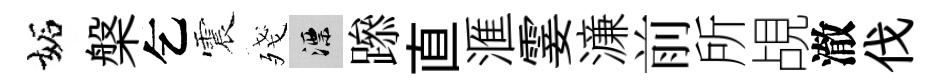
妬槃乞震殘漂𨅶直滙霎濓前所覘澈伐